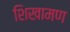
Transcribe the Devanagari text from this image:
शिखामण